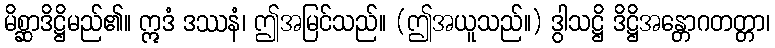
မိစ္ဆာဒိဋ္ဌိမည်၏။ ဣဒံ ဒဿနံ၊ ဤအမြင်သည်။ (ဤအယူသည်။) ဒွါသဋ္ဌိ ဒိဋ္ဌိအန္တောဂတတ္တာ၊